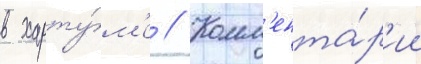
в харту́м'е // Комм'ента́р'ии